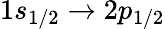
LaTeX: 1s_{1/2}\rightarrow 2p_{1/2}